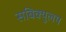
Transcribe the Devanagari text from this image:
सबिक्युलम